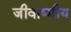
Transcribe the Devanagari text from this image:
जीवाष्मीय